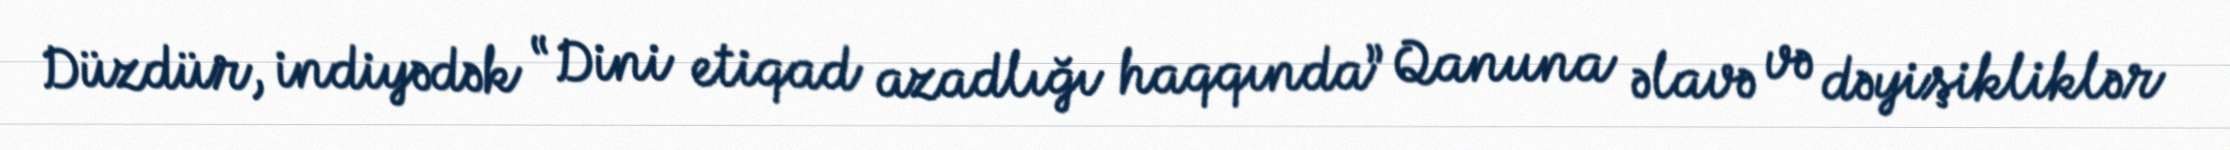
Düzdür, indiyədək “Dini etiqad azadlığı haqqında” Qanuna əlavə və dəyişikliklər